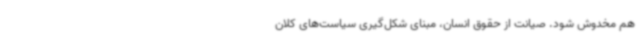
هم مخدوش شود. صیانت از حقوق انسان، مبنای شکل‌گیری سیاست‌های کلان